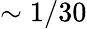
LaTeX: \sim 1/30